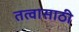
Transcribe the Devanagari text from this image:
तत्वासाठी